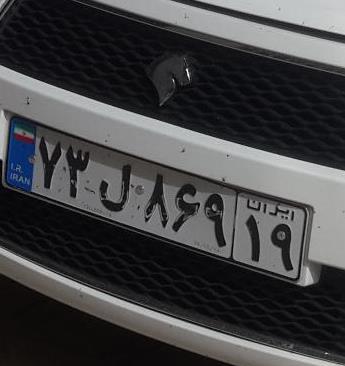
۷۳ل۸۶۹۱۹